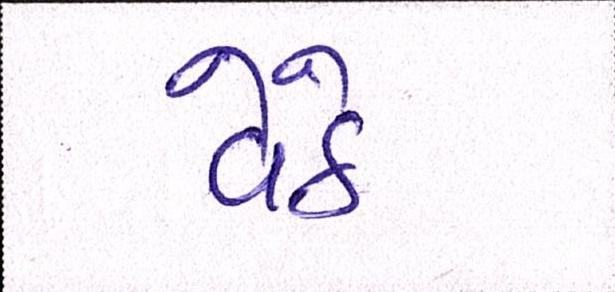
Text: વેઠે